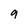
Character: 9